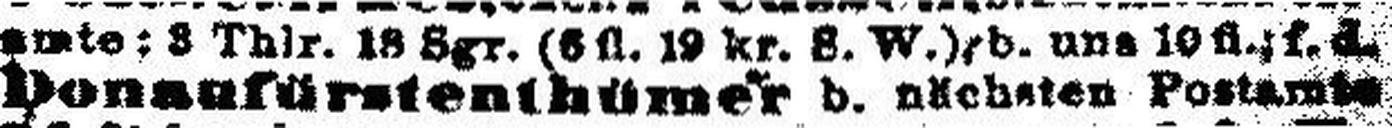
Donaufürstenthünmer d. nächsten Postamte